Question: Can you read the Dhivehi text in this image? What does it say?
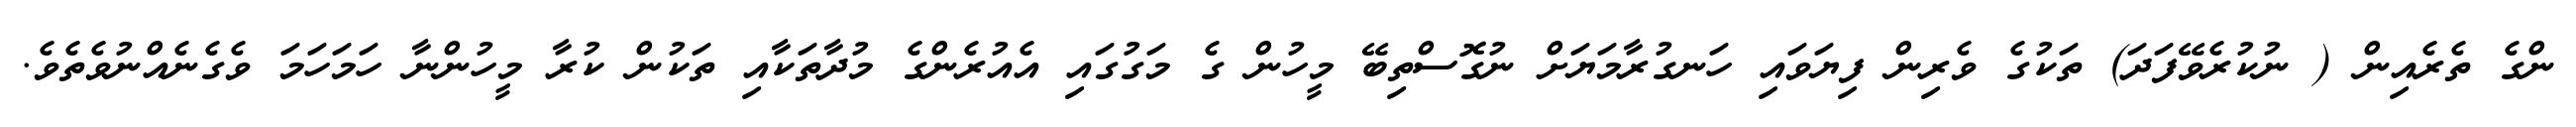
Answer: ންގެ ތެރެއިން ( ނުކުރެވޭފަދަ) ތަކުގެ ވެރިން ފިޔަވައި ހަނގުރާމަޔަށް ނުގޮސްތިބޭ މީހުން ގެ މަގުގައި އެއުރެންގެ މުދާތަކާއި ތަކުން ކުރާ މީހުންނާ ހަމަހަމަ ވެގެނެއްނުވެތެވެ.